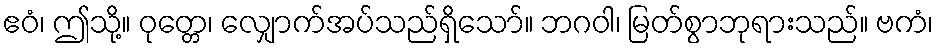
ဧဝံ၊ ဤသို့။ ဝုတ္တေ၊ လျှောက်အပ်သည်ရှိသော်။ ဘဂဝါ၊ မြတ်စွာဘုရားသည်။ ဗကံ၊